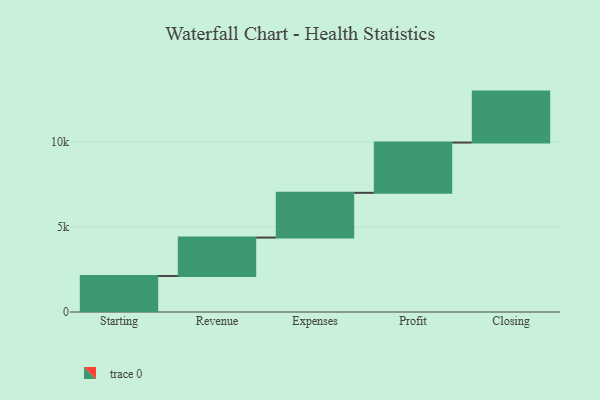
{"axis": {"x": "Step", "y": "Value"}, "legend": [""], "data": [{"x": "Starting", "y": 2121.0, "type": ""}, {"x": "Revenue", "y": 2260.0, "type": ""}, {"x": "Expenses", "y": 2635.0, "type": ""}, {"x": "Profit", "y": 2959.0, "type": ""}, {"x": "Closing", "y": 3000, "type": ""}]}